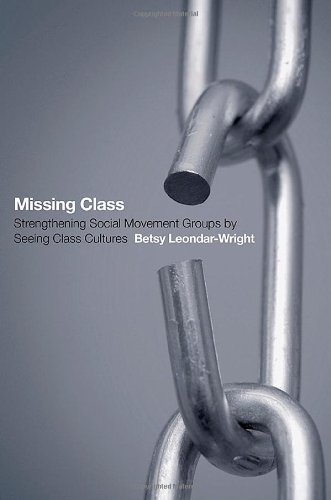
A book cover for Missing Class: Strengthening Social Movement Groups by Seeing Class Cultures; Betsy Leondar-Wright; Business & Money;